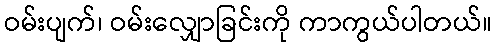
ဝမ်းပျက်၊ ဝမ်းလျှောခြင်းကို ကာကွယ်ပါတယ်။